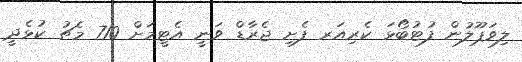
ލިވަޕޫލުން ފުޓުބޯޅަ ކެރިއަރ ފެށި ޖެރާޑް ވަނީ އެޓީމަށް 710 މެޗު ކުޅެދީ